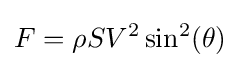
F=\rho SV^{2}\sin ^{2}(\theta )